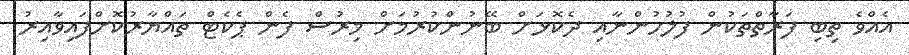
އެއްވެ ތިބި ފަރާތްތަކުން ފުލުހުންނާއި ދެކޮޅަށް ބޭނުންކުރުމަށް މިރުސް ފެން ޕެކެޓް ތައްޔާރުކޮށްފައިވާއިރު